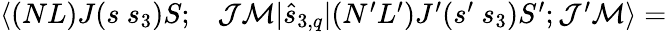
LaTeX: \begin{array}{rl}{\langle(NL)J(s~s_{3})S;}&{{}\mathcal{J}\mathcal{M}|\hat{s}_{3,q}|(N^{\prime}L^{\prime})J^{\prime}(s^{\prime}~s_{3})S^{\prime};\mathcal{J}^{\prime}\mathcal{M}\rangle=}\end{array}